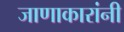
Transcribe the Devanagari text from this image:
जाणाकारांनी